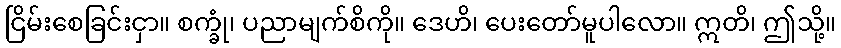
ငြိမ်းစေခြင်းငှာ။ စက္ခုံ၊ ပညာမျက်စိကို။ ဒေဟိ၊ ပေးတော်မူပါလော။ ဣတိ၊ ဤသို့။